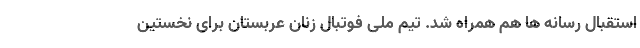
استقبال رسانه ها هم همراه شد. تیم ملی فوتبال زنان عربستان برای نخستین